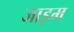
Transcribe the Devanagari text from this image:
जाइम